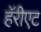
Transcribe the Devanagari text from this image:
हॅरीएट